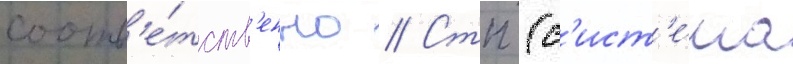
соотв'е́тств'енно // Стп (с'ист'е́ма